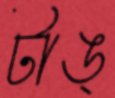
টাঙ্